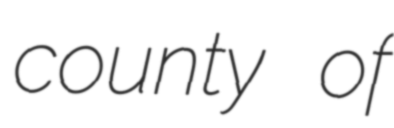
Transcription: county of